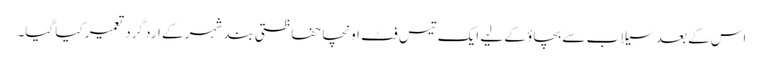
اس کے بعد سیلاب سے بچاؤ کے لیے ایک تیس فٹ اونچا حفاظتی بند شہر کے ارد گرد تعمیر کیا گیا۔